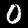
Digit: 0